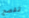
تفصح